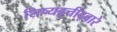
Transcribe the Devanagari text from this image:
शिष्यवृत्तीद्वारे